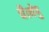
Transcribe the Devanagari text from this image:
चैत्येषु